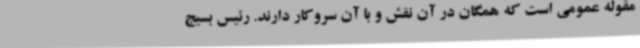
مقوله عمومی است که همگان در آن نقش و با آن سروکار دارند. رئیس بسیج